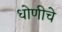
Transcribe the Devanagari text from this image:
धोणीचे